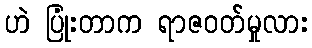
ဟဲ ပြုံးတာက ရာဇဝတ်မှုလား